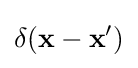
\delta (\mathbf {x} -\mathbf {x'} )